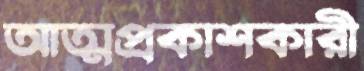
আত্মপ্রকাশকারী